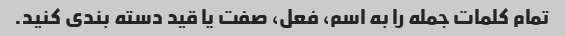
تمام کلمات جمله را به اسم، فعل، صفت یا قید دسته بندی کنید.